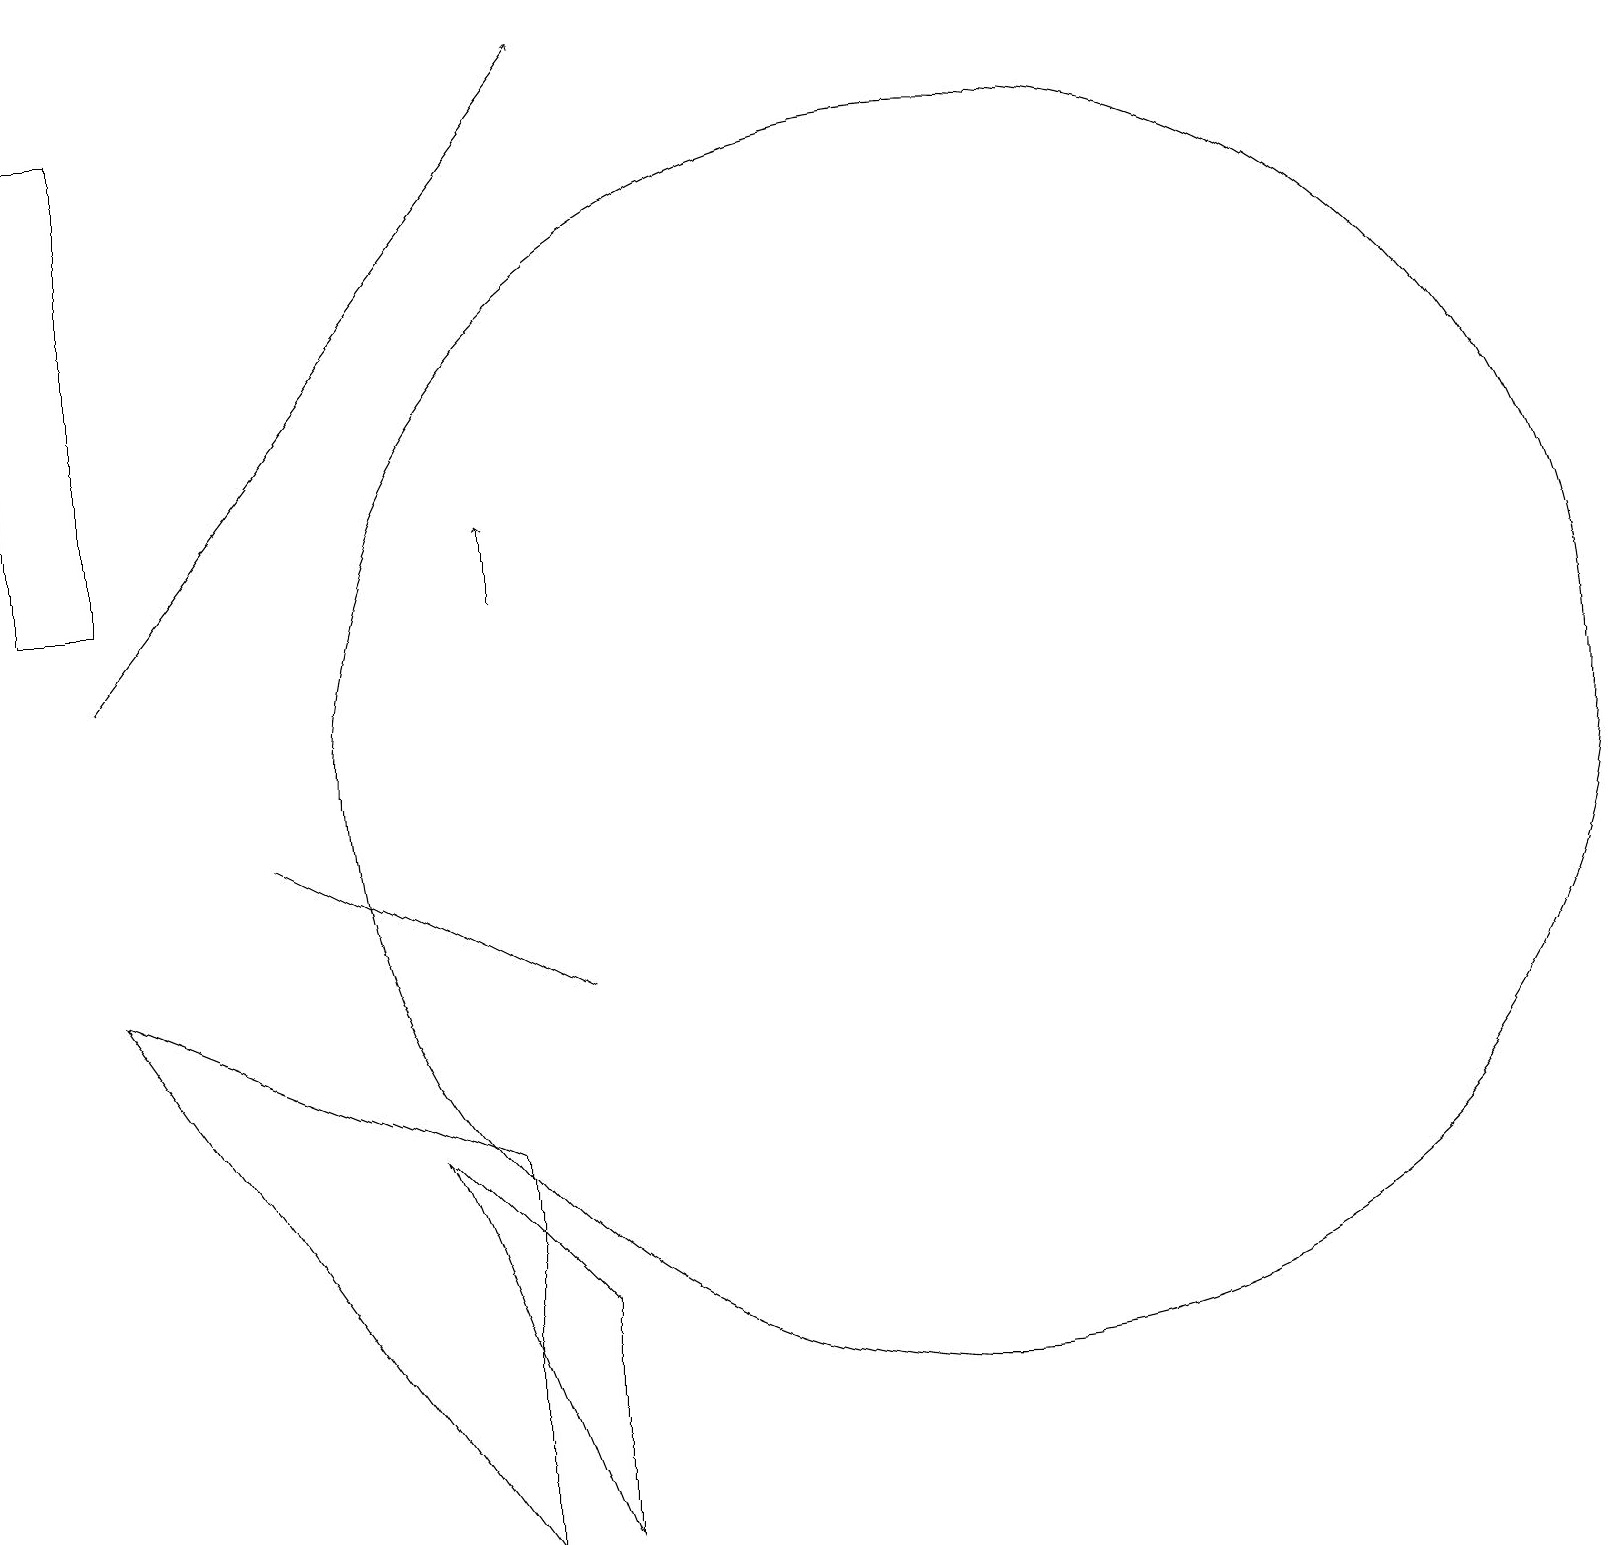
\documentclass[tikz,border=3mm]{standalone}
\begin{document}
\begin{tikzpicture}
\draw (7,7) -- (3,9) -- (5,8) -- cycle;
\draw[->] (6,12) -- (6,13);
\draw[->] (1,11) -- (7,19);
\draw (7,3) -- (7,0) -- (5,5) -- cycle;
\draw (12,10) circle (8);
\draw (1,7) -- (6,0) -- (6,5) -- cycle;
\draw (0,18) rectangle (1,12);
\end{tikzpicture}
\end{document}